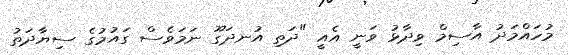
މުހައްމަދު އާސިމް ވިދާޅު ވަނީ އެއީ "ދަތި އުނދަގޫ ނަމަވެސް ގައުމުގެ ސިޔާދަތު